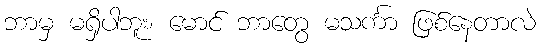
ဘာမှ မရှိပါဘူး၊ မောင် ဘာတွေ မသင်္ကာ ဖြစ်နေတာလဲ